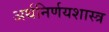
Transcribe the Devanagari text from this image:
अर्थनिर्णयशास्त्र